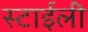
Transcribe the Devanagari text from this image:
स्टाईली